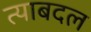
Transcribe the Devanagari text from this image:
त्याबदल